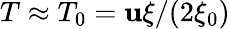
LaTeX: {T}\approx{T}_{0}=\mathbf{u}\xi/(2\xi_{0})